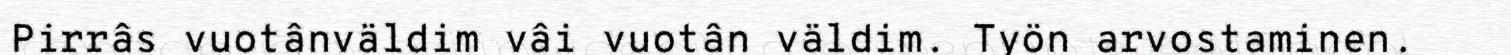
Pirrâs vuotânväldim vâi vuotân väldim. Työn arvostaminen.